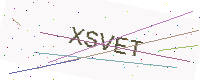
Text: XSVET